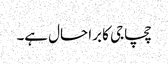
چچاجی کا برا حال ہے۔